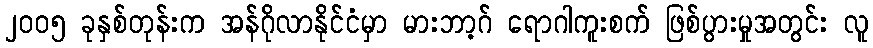
၂၀၀၅ ခုနှစ်တုန်းက အန်ဂိုလာနိုင်ငံမှာ မားဘာ့ဂ် ရောဂါကူးစက် ဖြစ်ပွားမှုအတွင်း လူ